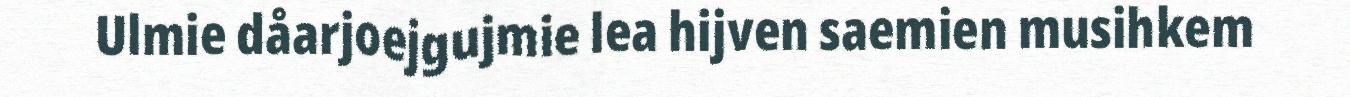
Ulmie dåarjoejgujmie lea hijven saemien musihkem